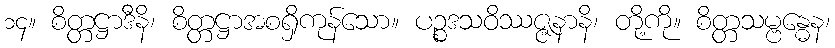
၁၄။ စိတ္တဋ္ဌာဒီနိ၊ စိတ္တဋ္ဌာအစရှိကုန်သော။ ပဉ္စဒသဝိဿဇ္ဇနာနိ၊ တို့ကို။ စိတ္တသမ္ဗန္ဓေန၊